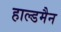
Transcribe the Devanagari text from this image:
हाल्डमैन